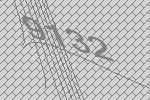
9132